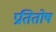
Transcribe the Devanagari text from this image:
प्रतितोष